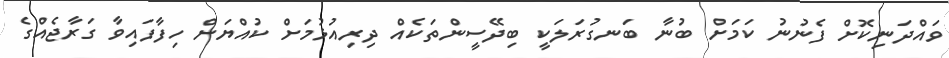
ވައްދަނިކޮށް ފެނުނު ކަމަށް ބުނާ ބަނގުރަލަކީ ބިދޭސީންތަކެއް ދިރިއުޅުމަށް ކުއްޔަށް ހިފާފައިވާ ގަރާޖެއްގެ